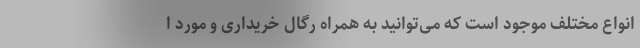
انواع مختلف موجود است که می‌توانید به همراه رگال خریداری و مورد ا